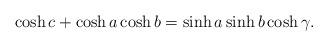
LaTeX: \begin{align*}\cosh c + \cosh a \cosh b = \sinh a \sinh b \cosh \gamma.\end{align*}